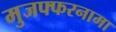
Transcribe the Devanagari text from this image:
मुजफ्फरनामा